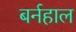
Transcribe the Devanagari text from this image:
बर्नहाल